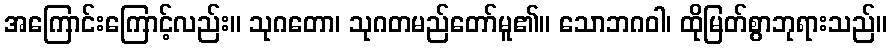
အကြောင်းကြောင့်လည်း။ သုဂတော၊ သုဂတမည်တော်မူ၏။ သောဘဂဝါ၊ ထိုမြတ်စွာဘုရားသည်။